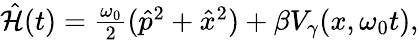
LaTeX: \begin{array}{r}{\hat{\mathcal{H}}(t)=\frac{\omega_{0}}{2}(\hat{p}^{2}+\hat{x}^{2})+\beta V_{\gamma}(x,\omega_{0}t),}\end{array}